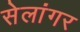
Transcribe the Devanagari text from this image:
सेलांगर